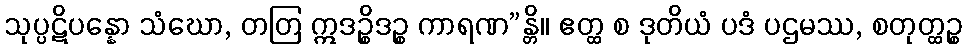
သုပ္ပဋိပန္နော သံဃော, တတြ ဣဒဉ္စိဒဉ္စ ကာရဏ”န္တိ။ ဧတ္ထ စ ဒုတိယံ ပဒံ ပဌမဿ, စတုတ္ထဉ္စ